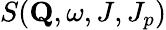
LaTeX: S(\mathbf{Q},\omega,J,J_{p})